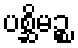
ပစ္ဆိမဉ္စ